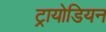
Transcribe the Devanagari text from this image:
ट्रायोडियन